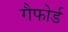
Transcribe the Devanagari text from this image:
गैफोर्ड